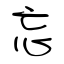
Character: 忘